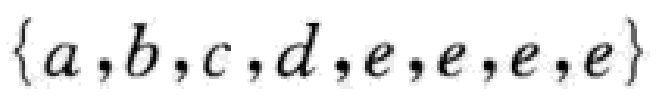
$\{a,b,c,d,e,e,e,e\}$